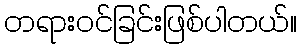
တရားဝင်ခြင်းဖြစ်ပါတယ်။